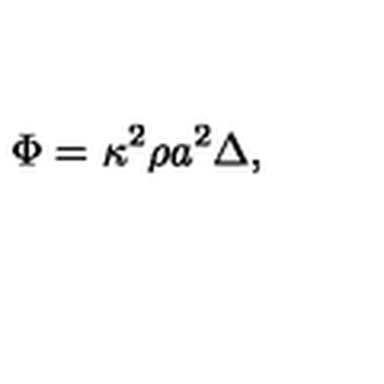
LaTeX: \Phi = \kappa ^ { 2 } \rho a ^ { 2 } \Delta ,